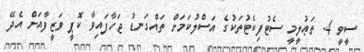
ސީވީ 4. ތަޢުލީމީ ސެޓުފިކެޓުތަކުގެ އަސްލުކަމަށް ތައްގަނޑު ޖަހާފައިވާ ކޮޕީ ވަޒީފާއަށް އެދޭ